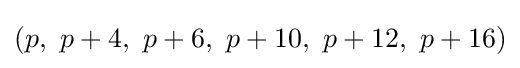
(p,\ p+4,\ p+6,\ p+10,\ p+12,\ p+16)